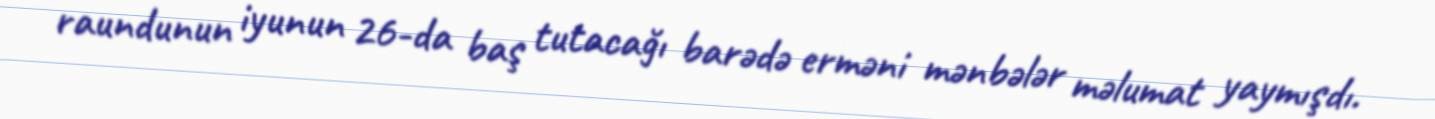
raundunun iyunun 26-da baş tutacağı barədə erməni mənbələr məlumat yaymışdı.